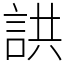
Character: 鿁